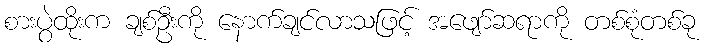
စားပွဲထိုးက ချစ်ဦးကို နောက်ချင်လာသဖြင့် အဖျော်ဆရာကို တစ်စုံတစ်ခု